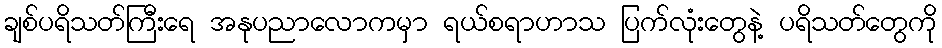
ချစ်ပရိသတ်ကြီးရေ အနုပညာလောကမှာ ရယ်စရာဟာသ ပြက်လုံးတွေနဲ့ ပရိသတ်တွေကို